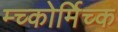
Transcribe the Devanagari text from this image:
म्च्कोर्मिच्क